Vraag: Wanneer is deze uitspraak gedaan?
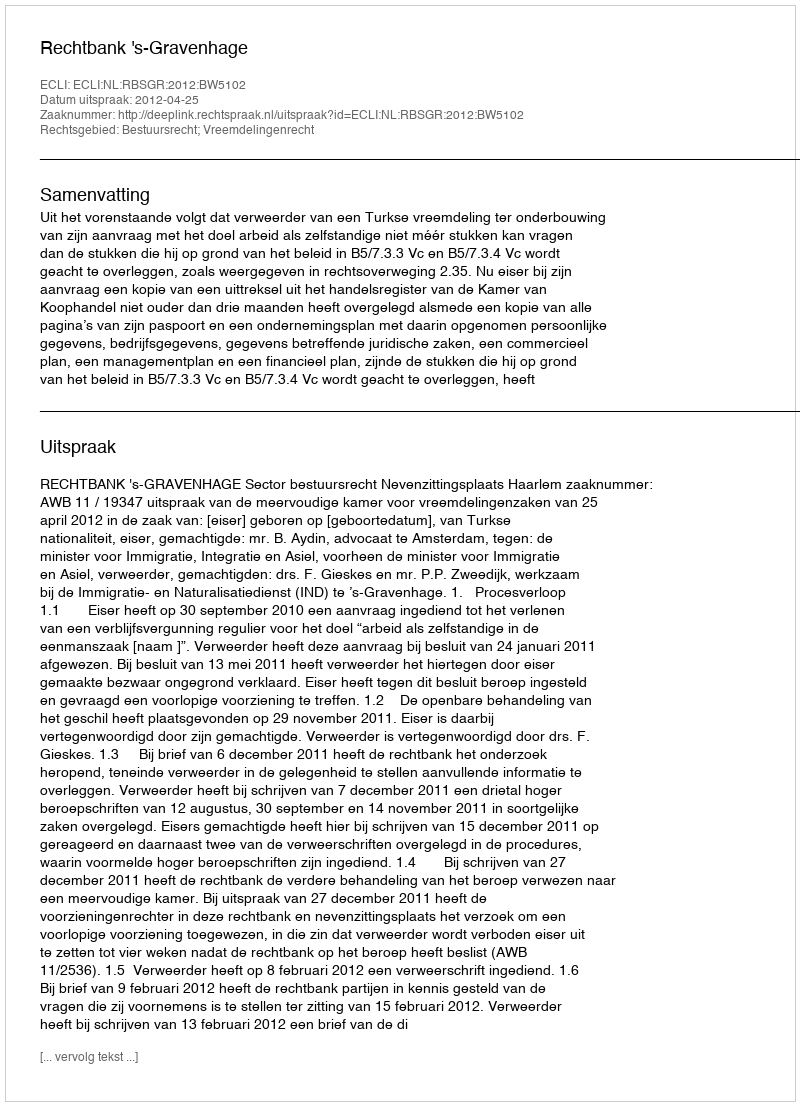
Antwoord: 2012-04-25